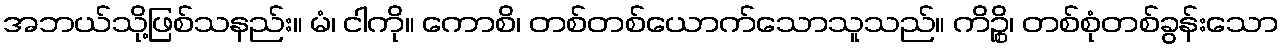
အဘယ်သို့ဖြစ်သနည်း။ မံ၊ ငါကို။ ကောစိ၊ တစ်တစ်ယောက်သောသူသည်။ ကိဉ္စိ၊ တစ်စုံတစ်ခွန်းသော